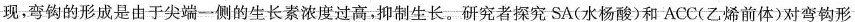
现，弯钩的形成是由于尖端一侧的生长素浓度过高，抑制生长。研究者探究SA(水杨酸)和ACC(乙烯前体)对弯钩形